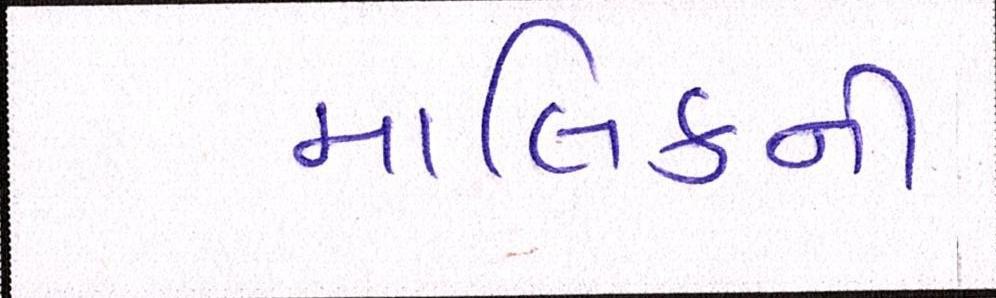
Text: માલિકની